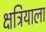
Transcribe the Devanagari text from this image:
क्षत्रियाला